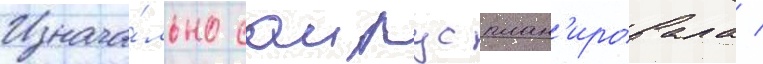
Изнача́льно саирус план'ировала /